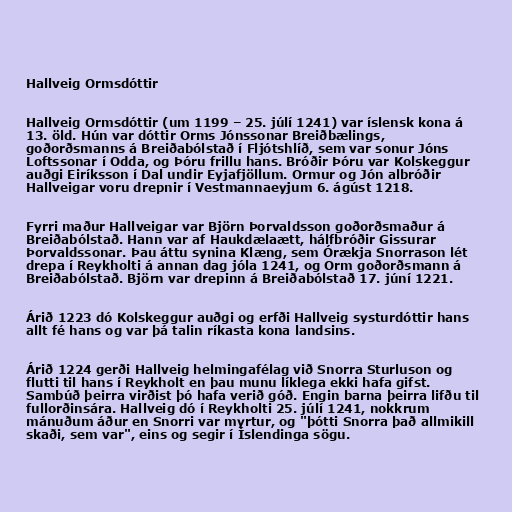
Hallveig Ormsdóttir

Hallveig Ormsdóttir (um 1199 – 25. júlí 1241) var íslensk kona á
13. öld. Hún var dóttir Orms Jónssonar Breiðbælings,
goðorðsmanns á Breiðabólstað í Fljótshlíð, sem var sonur Jóns
Loftssonar í Odda, og Þóru frillu hans. Bróðir Þóru var Kolskeggur
auðgi Eiríksson í Dal undir Eyjafjöllum. Ormur og Jón albróðir
Hallveigar voru drepnir í Vestmannaeyjum 6. ágúst 1218.

Fyrri maður Hallveigar var Björn Þorvaldsson goðorðsmaður á
Breiðabólstað. Hann var af Haukdælaætt, hálfbróðir Gissurar
Þorvaldssonar. Þau áttu synina Klæng, sem Órækja Snorrason lét
drepa í Reykholti á annan dag jóla 1241, og Orm goðorðsmann á
Breiðabólstað. Björn var drepinn á Breiðabólstað 17. júní 1221.

Árið 1223 dó Kolskeggur auðgi og erfði Hallveig systurdóttir hans
allt fé hans og var þá talin ríkasta kona landsins.

Árið 1224 gerði Hallveig helmingafélag við Snorra Sturluson og
flutti til hans í Reykholt en þau munu líklega ekki hafa gifst.
Sambúð þeirra virðist þó hafa verið góð. Engin barna þeirra lifðu til
fullorðinsára. Hallveig dó í Reykholti 25. júlí 1241, nokkrum
mánuðum áður en Snorri var myrtur, og "þótti Snorra það allmikill
skaði, sem var", eins og segir í Íslendinga sögu.